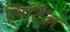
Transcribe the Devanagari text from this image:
लिर्टिल